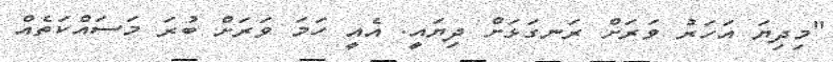
"މިދިޔަ އަހަރު ވަރަށް ރަނގަޅަށް ދިޔައީ. އެއީ ހަމަ ވަރަށް ބުރަ މަސައްކަތެއް